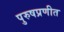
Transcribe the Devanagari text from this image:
पुरुषप्रणीत